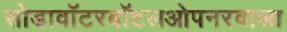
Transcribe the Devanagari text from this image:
सोडावॉटरबॉटलओपनरवाला